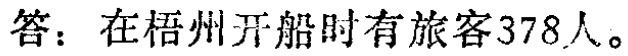
答：在梧州开船时有旅客378人。